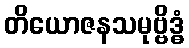
တိယောဇနသမုဗ္ဗိဒ္ဓံ